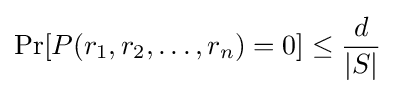
\Pr[P(r_{1},r_{2},\ldots ,r_{n})=0]\leq {\frac {d}{|S|}}